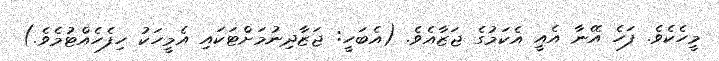
މީހެކެވެ. ފަހެ އޭނާ އެއީ އެކަމުގެ ޖަޒާއެވެ. (އެބަހީ: ޖަޒާދިނުމަށްޓަކައި އެމީހަކު ހިފެހެއްޓުމެވެ.)